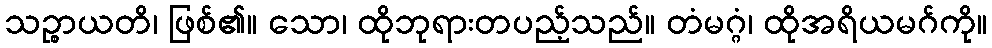
သဉ္စာယတိ၊ ဖြစ်၏။ သော၊ ထိုဘုရားတပည့်သည်။ တံမဂ္ဂံ၊ ထိုအရိယမဂ်ကို။